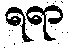
ရရာ